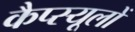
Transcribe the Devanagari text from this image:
कैप्स्यूलों